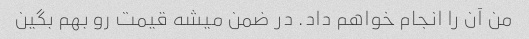
من آن را انجام خواهم داد. در ضمن میشه قیمت رو بهم بگین